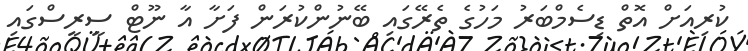
ކުރިއަށް އޮތް ޑިސެމްބަރު މަހުގެ ތެރޭގައި ބޭނުންކުރަން ފަށާ އާ ނޫޓް ސީރީސްގައި